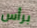
برأس